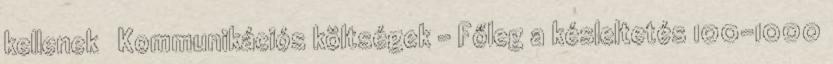
kellenek ● Kommunikációs költségek – Főleg a késleltetés 100-1000